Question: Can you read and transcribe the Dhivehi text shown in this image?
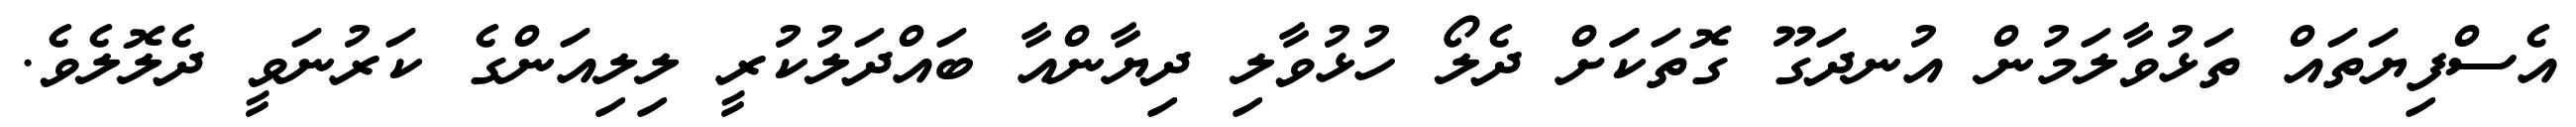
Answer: އެސްފިޔަތައް ތަޅުވާލަމުން އުނދަގޫ ގޮތަކަަށް ދެލޯ ހުޅުވާލި ދިޔާންއާ ބައްދަލުކުރީ ލިލިއަންގެ ކަރުނަވީ ދެލޮލެވެ.